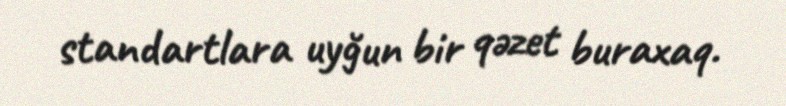
standartlara uyğun bir qəzet buraxaq.